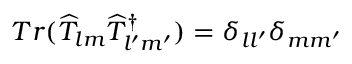
T r ( \widehat { T } _ { l m } \widehat { T } _ { l ^ { \prime } m ^ { \prime } } ^ { \dagger } ) = \delta _ { l l ^ { \prime } } \delta _ { m m ^ { \prime } }